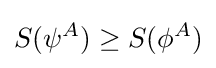
S(\psi ^{A})\geq S(\phi ^{A})